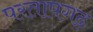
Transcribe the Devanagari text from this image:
परतापगढ़